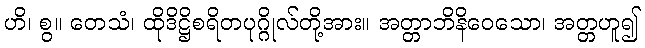
ဟိ၊ စွ။ တေသံ၊ ထိုဒိဋ္ဌိစရိတပုဂ္ဂိုလ်တို့အား။ အတ္တာဘိနိဝေသော၊ အတ္တဟူ၍